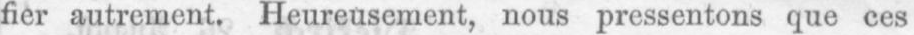
fier autrement. Heureusement, nous pressentons que ces